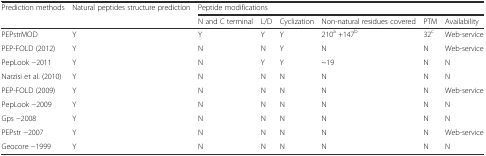
<table><thead><tr><td><b>Prediction methods</b></td><td><b>Natural peptides structure prediction</b></td><td colspan="6"><b>Peptide modifications</b></td></tr><tr><td></td><td></td><td><b>N and C terminal</b></td><td><b>L/D</b></td><td><b>Cyclization</b></td><td><b>Non-natural residues covered</b></td><td><b>PTM</b></td><td><b>Availability</b></td></tr></thead><tbody><tr><td>PEPstrMOD</td><td>Y</td><td>Y</td><td>Y</td><td>Y</td><td>210<sup>a</sup> +147<sup>b</sup></td><td>32<sup>c</sup></td><td>Web-service</td></tr><tr><td>PEP-FOLD (2012)</td><td>Y</td><td>N</td><td>N</td><td>Y</td><td>N</td><td>N</td><td>Web-service</td></tr><tr><td>PepLook −2011</td><td>Y</td><td>N</td><td>Y</td><td>Y</td><td>~19</td><td>N</td><td>N</td></tr><tr><td>Narzisi et al. (2010)</td><td>Y</td><td>N</td><td>N</td><td>N</td><td>N</td><td>N</td><td>N</td></tr><tr><td>PEP-FOLD (2009)</td><td>Y</td><td>N</td><td>N</td><td>N</td><td>N</td><td>N</td><td>Web-service</td></tr><tr><td>PepLook −2009</td><td>Y</td><td>N</td><td>N</td><td>N</td><td>N</td><td>N</td><td>N</td></tr><tr><td>Gps −2008</td><td>Y</td><td>N</td><td>N</td><td>N</td><td>N</td><td>N</td><td>N</td></tr><tr><td>PEPstr −2007</td><td>Y</td><td>N</td><td>N</td><td>N</td><td>N</td><td>N</td><td>Web-service</td></tr><tr><td>Geocore −1999</td><td>Y</td><td>N</td><td>N</td><td>N</td><td>N</td><td>N</td><td>N</td></tr></tbody></table>